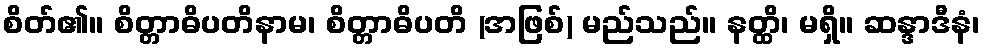
စိတ်၏။ စိတ္တာဓိပတိနာမ၊ စိတ္တာဓိပတိ (အဖြစ်) မည်သည်။ နတ္ထိ၊ မရှိ။ ဆန္ဒာဒီနံ၊